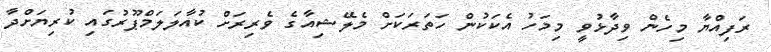
ރަފިއްޔާ މިހެން ވިދާޅުވީ މިމަހު އެކަކުން ހަތަރަކަށް މެލޭޝިއާގެ ވެރިރަށް ކުއާލަލަމްޕޫރުގައި ކުރިޔަށްދާ